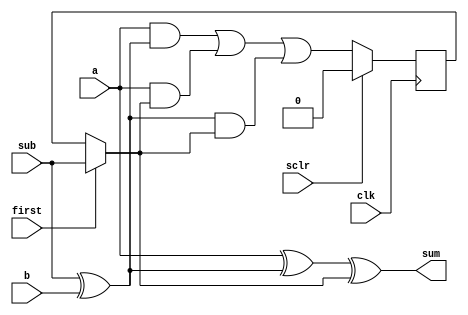
module iter_addsub (
	input clk,sclr,
	input first,sub,
	input a,b,
	output sum
);

reg car;
assign sum = a ^ (sub ^ b) ^ (first ? sub : car);

always @(posedge clk) begin
	if (sclr) car <= 1'b0;
	else car <= a & (sub ^ b) |
				a & (first ? sub : car) |
				(sub ^ b) & (first ? sub : car);
end

endmodule